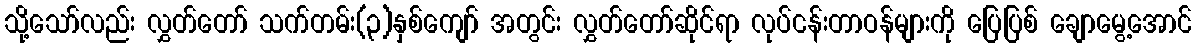
သို့သော်လည်း လွှတ်တော် သက်တမ်း(၃)နှစ်ကျော် အတွင်း လွှတ်တော်ဆိုင်ရာ လုပ်ငန်းတာဝန်များကို ပြေပြစ် ချောမွေ့အောင်